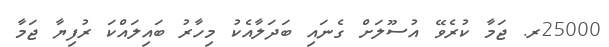
25000ރ. ޖަމާ ކުރެވޭ އުސޫލަށް ގެނައި ބަދަލާއެކު މިހާރު ބައިލައްކަ ރުފިޔާ ޖަމާ